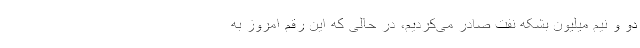
دو و نیم میلیون بشکه نفت صادر می‌کردیم، در حالی که این رقم امروز به